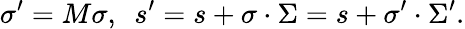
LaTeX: \sigma^{\prime}=M\sigma,\enspace s^{\prime}=s+\sigma\cdot\Sigma=s+\sigma^{\prime}\cdot\Sigma^{\prime}.